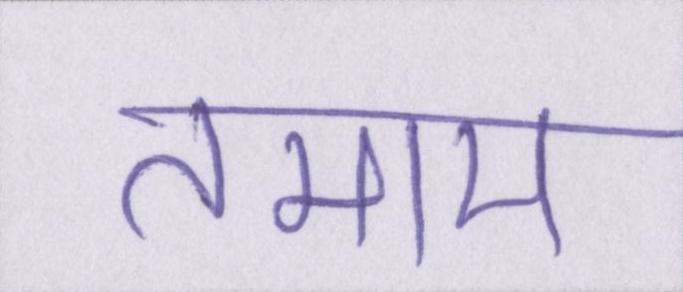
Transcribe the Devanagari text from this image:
तमाम